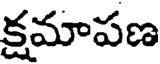
క్షమాపణ